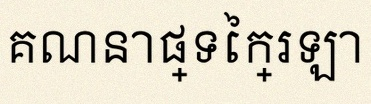
គណនាផ្ទៃក្រឡា